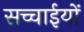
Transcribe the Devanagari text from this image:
सच्चाईयों